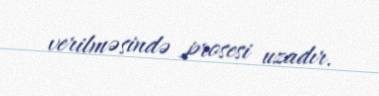
verilməsində prosesi uzadır.